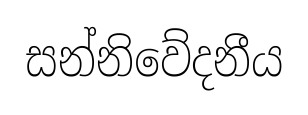
සන්නිවේදනීය